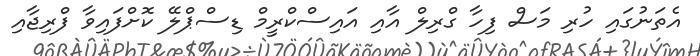
އެތަނުގައި ހުރި މަސް ފިހާ ގްރިލް އާއި އައިސްކްރީމް ޑިސްޕްލޭ ކޮށްފައިވާ ފްރިޖާއި